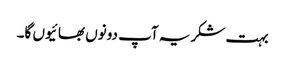
بہت شکریہ آپ دونوں بھائیوں گا۔